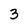
Character: 3